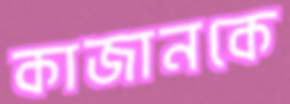
কাজানকে